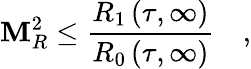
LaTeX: \mathbf{M}_{R}^{2}\le\frac{{R_{1}\left(\tau,\infty\right)}}{{R_{0}\left(\tau,\infty\right)}}\quad,